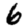
Digit: 6